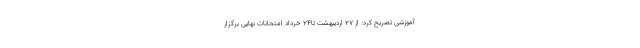
آموزشی تصریح کرد: از ۲۷ اردیبهشت تا٢۴ خرداد امتحانات نهایی برگزار